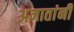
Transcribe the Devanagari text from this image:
अज्ञातांनी